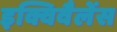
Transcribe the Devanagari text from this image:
इक्विवैलेंस